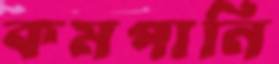
কমপানি